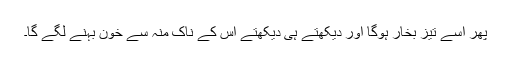
پھر اسے تیز بخار ہوگا اور دیکھتے ہی دیکھتے اس کے ناک منہ سے خون بہنے لگے گا۔